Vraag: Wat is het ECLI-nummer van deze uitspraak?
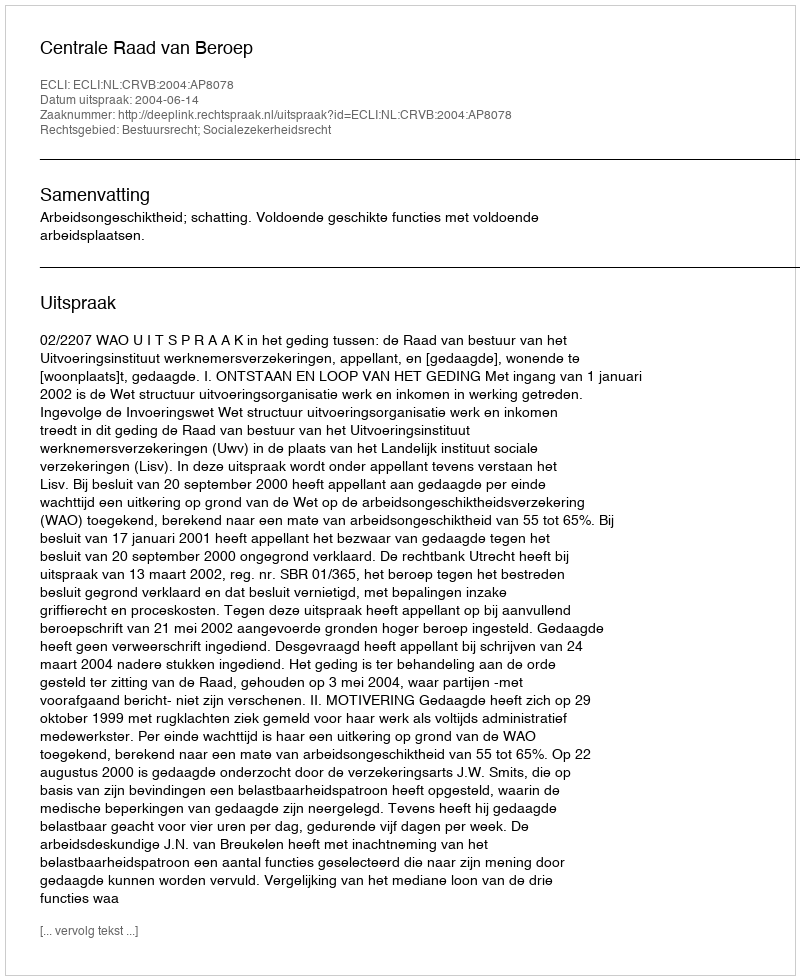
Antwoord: ECLI:NL:CRVB:2004:AP8078